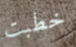
خطبت